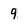
Character: 9